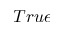
T r u e